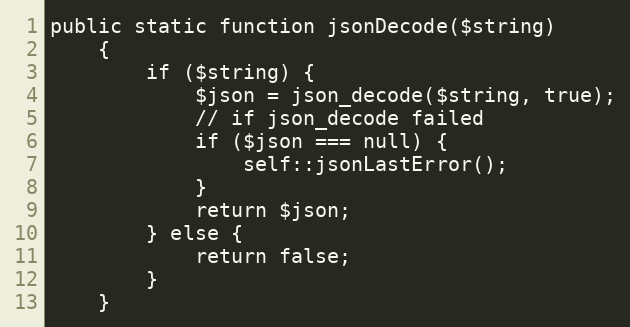
Language: PHP
public static function jsonDecode($string)
    {
        if ($string) {
            $json = json_decode($string, true);
            // if json_decode failed
            if ($json === null) {
                self::jsonLastError();
            }
            return $json;
        } else {
            return false;
        }
    }